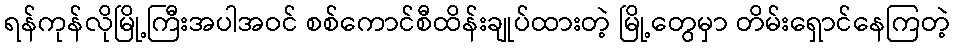
ရန်ကုန်လိုမြို့ကြီးအပါအဝင် စစ်ကောင်စီထိန်းချုပ်ထားတဲ့ မြို့တွေမှာ တိမ်းရှောင်နေကြတဲ့